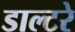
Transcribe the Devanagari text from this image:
डाल्टरे